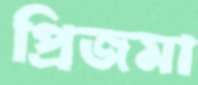
প্রিজমা